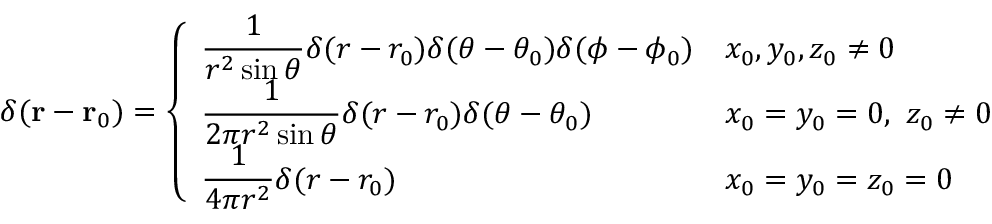
\delta ( \mathbf { r } - \mathbf { r } _ { 0 } ) = { \left\{ \begin{array} { l l } { \displaystyle { \frac { 1 } { r ^ { 2 } \sin \theta } } \delta ( r - r _ { 0 } ) \delta ( \theta - \theta _ { 0 } ) \delta ( \phi - \phi _ { 0 } ) } & { x _ { 0 } , y _ { 0 } , z _ { 0 } \neq 0 } \\ { \displaystyle { \frac { 1 } { 2 \pi r ^ { 2 } \sin \theta } } \delta ( r - r _ { 0 } ) \delta ( \theta - \theta _ { 0 } ) } & { x _ { 0 } = y _ { 0 } = 0 , \ z _ { 0 } \neq 0 } \\ { \displaystyle { \frac { 1 } { 4 \pi r ^ { 2 } } } \delta ( r - r _ { 0 } ) } & { x _ { 0 } = y _ { 0 } = z _ { 0 } = 0 } \end{array} \right. }